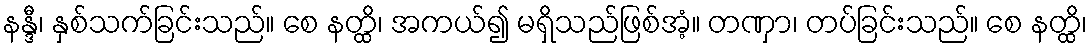
နန္ဒီ၊ နှစ်သက်ခြင်းသည်။ စေ နတ္ထိ၊ အကယ်၍ မရှိသည်ဖြစ်အံ့။ တဏှာ၊ တပ်ခြင်းသည်။ စေ နတ္ထိ၊